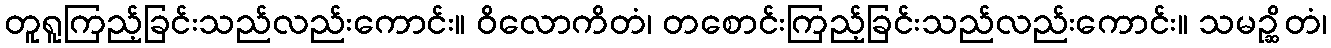
တူရူကြည့်ခြင်းသည်လည်းကောင်း။ ဝိလောကိတံ၊ တစောင်းကြည့်ခြင်းသည်လည်းကောင်း။ သမဉ္ဆိတံ၊